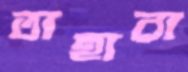
তাহারা